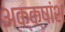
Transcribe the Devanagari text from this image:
अक्क्षांश